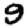
Digit: 9